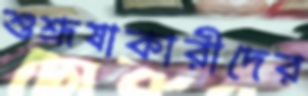
শুশ্রূষাকারীদের